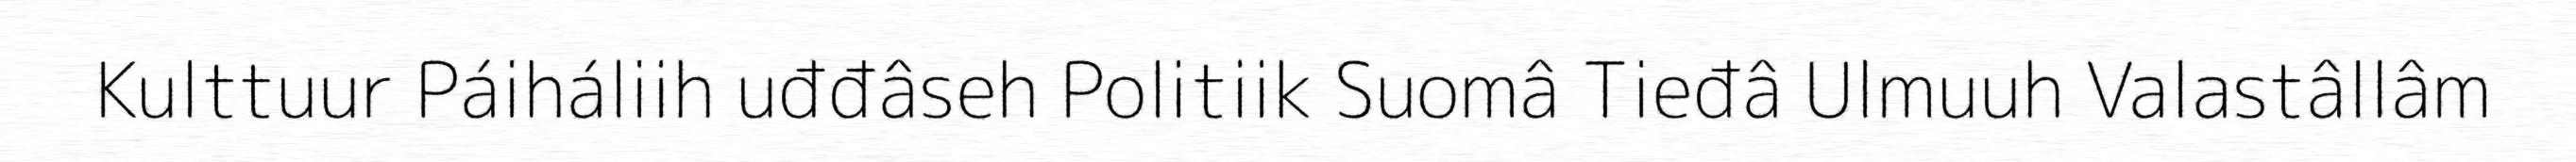
Kulttuur Páiháliih uđđâseh Politiik Suomâ Tieđâ Ulmuuh Valastâllâm